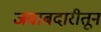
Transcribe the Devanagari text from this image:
जवाबदारीतून